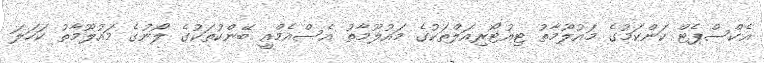
އެކްސްޕެޓް ކަންކަމުގެ މައުލޫމާތު ޓިއުޓޯރިއަލްތަކުގެ މައުލޫމާތު އެސްއެމްއީ ބޭންކުތަކުގެ ލޯނުގެ މައުލޫމާތު ކަހަލަ